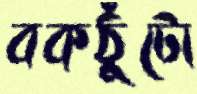
বকঠুঁটো